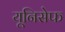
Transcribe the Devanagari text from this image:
यूनिसेेफ